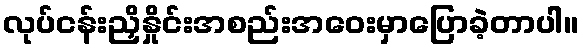
လုပ်ငန်းညှိနှိုင်းအစည်းအဝေးမှာပြောခဲ့တာပါ။